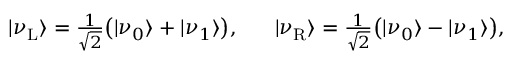
\begin{array} { r } { | \nu _ { \mathrm { L } } \rangle = \frac { 1 } { \sqrt { 2 } } \big ( | \nu _ { 0 } \rangle + | \nu _ { 1 } \rangle \big ) , ~ ~ ~ ~ ~ | \nu _ { \mathrm { R } } \rangle = \frac { 1 } { \sqrt { 2 } } \big ( | \nu _ { 0 } \rangle - | \nu _ { 1 } \rangle \big ) , } \end{array}